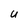
Character: U